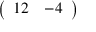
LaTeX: \left( \begin{array} { l l } { 1 2 } & { - 4 } \end{array} \right)